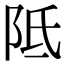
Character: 阺